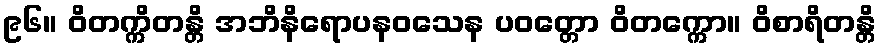
၉၆။ ဝိတက္ကိတန္တိ အဘိနိရောပနဝသေန ပဝတ္တော ဝိတက္ကော။ ဝိစာရိတန္တိ